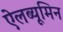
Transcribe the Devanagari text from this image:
ऐलब्यूमिन